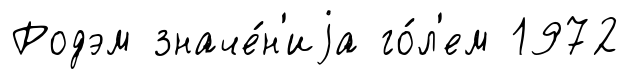
Родэм значе́н'иjа го́л'ем 1972